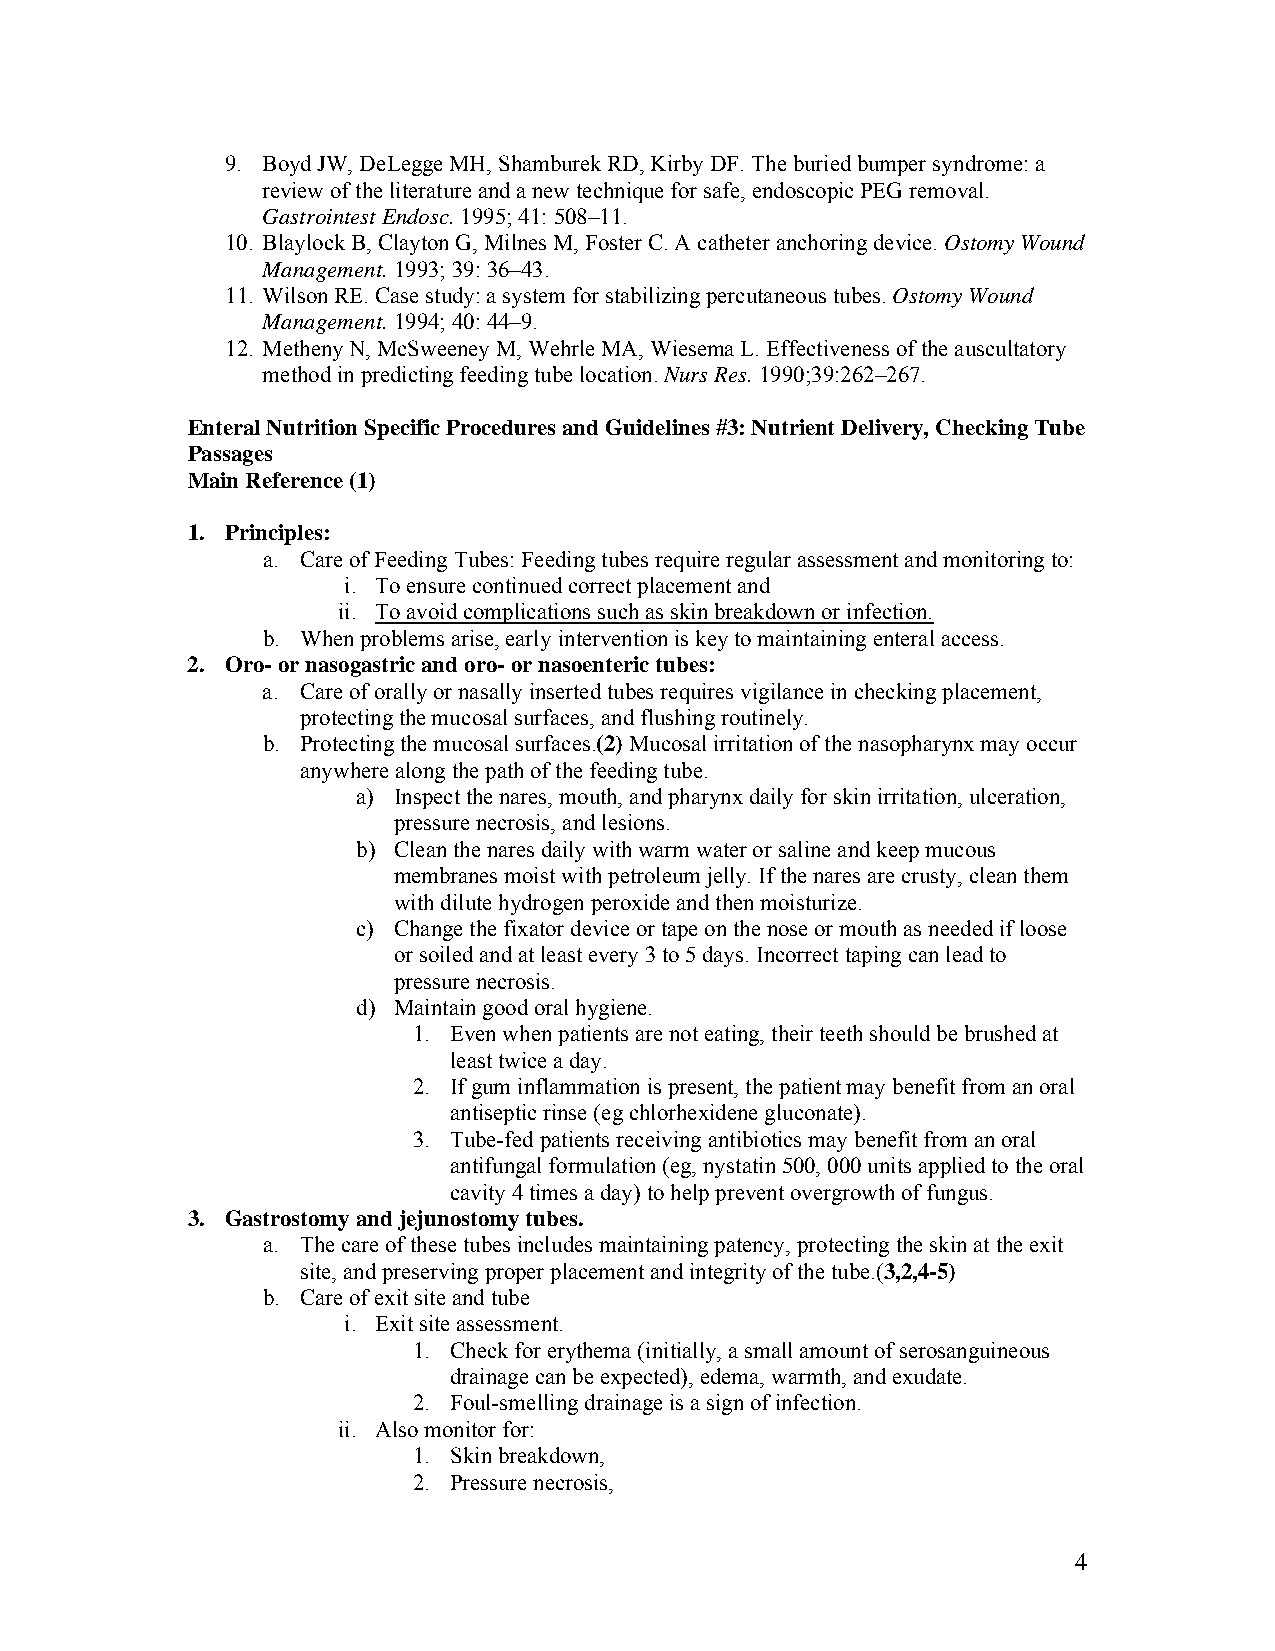
9. Boyd JW, DeLegge MH, Shamburek RD, Kirby DF. The buried bumper syndrome: a
 review of the literature and a new technique for safe, endoscopic PEG removal.
 Gastrointest Endosc. 1995; 41: 508–11.
 10. Blaylock B, Clayton G, Milnes M, Foster C. A catheter anchoring device. Ostomy Wound
 Management. 1993; 39: 36–43.
 11. Wilson RE. Case study: a system for stabilizing percutaneous tubes. Ostomy Wound
 Management. 1994; 40: 44–9.
 12. Metheny N, McSweeney M, Wehrle MA, Wiesema L. Effectiveness of the auscultatory
 method in predicting feeding tube location. Nurs Res. 1990;39:262–267.
 Enteral Nutrition Specific Procedures and Guidelines #3: Nutrient Delivery, Checking Tube
 Passages
 Main Reference (1)
 1. Principles:
 a. Care of Feeding Tubes: Feeding tubes require regular assessment and monitoring to:
 i. To ensure continued correct placement and
 ii. To avoid complications such as skin breakdown or infection.
 b. When problems arise, early intervention is key to maintaining enteral access.
 2. Oro- or nasogastric and oro- or nasoenteric tubes:
 a. Care of orally or nasally inserted tubes requires vigilance in checking placement,
 protecting the mucosal surfaces, and flushing routinely.
 b. Protecting the mucosal surfaces.(2) Mucosal irritation of the nasopharynx may occur
 anywhere along the path of the feeding tube.
 a) Inspect the nares, mouth, and pharynx daily for skin irritation, ulceration,
 pressure necrosis, and lesions.
 b) Clean the nares daily with warm water or saline and keep mucous
 membranes moist with petroleum jelly. If the nares are crusty, clean them
 with dilute hydrogen peroxide and then moisturize.
 c) Change the fixator device or tape on the nose or mouth as needed if loose
 or soiled and at least every 3 to 5 days. Incorrect taping can lead to
 pressure necrosis.
 d) Maintain good oral hygiene.
 1. Even when patients are not eating, their teeth should be brushed at
 least twice a day.
 2. If gum inflammation is present, the patient may benefit from an oral
 antiseptic rinse (eg chlorhexidene gluconate).
 3. Tube-fed patients receiving antibiotics may benefit from an oral
 antifungal formulation (eg, nystatin 500, 000 units applied to the oral
 cavity 4 times a day) to help prevent overgrowth of fungus.
 3. Gastrostomy and jejunostomy tubes.
 a. The care of these tubes includes maintaining patency, protecting the skin at the exit
 site, and preserving proper placement and integrity of the tube.(3,2,4-5)
 b. Care of exit site and tube
 i. Exit site assessment.
 1. Check for erythema (initially, a small amount of serosanguineous
 drainage can be expected), edema, warmth, and exudate.
 2. Foul-smelling drainage is a sign of infection.
 ii. Also monitor for:
 1. Skin breakdown,
 2. Pressure necrosis,
 4